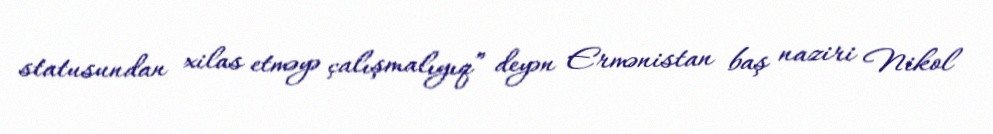
statusundan xilas etməyə çalışmalıyıq” deyən Ermənistan baş naziri Nikol